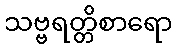
သဗ္ဗရတ္တိစာရော